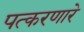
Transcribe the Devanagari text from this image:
पत्करणारे